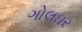
ગોલઘર